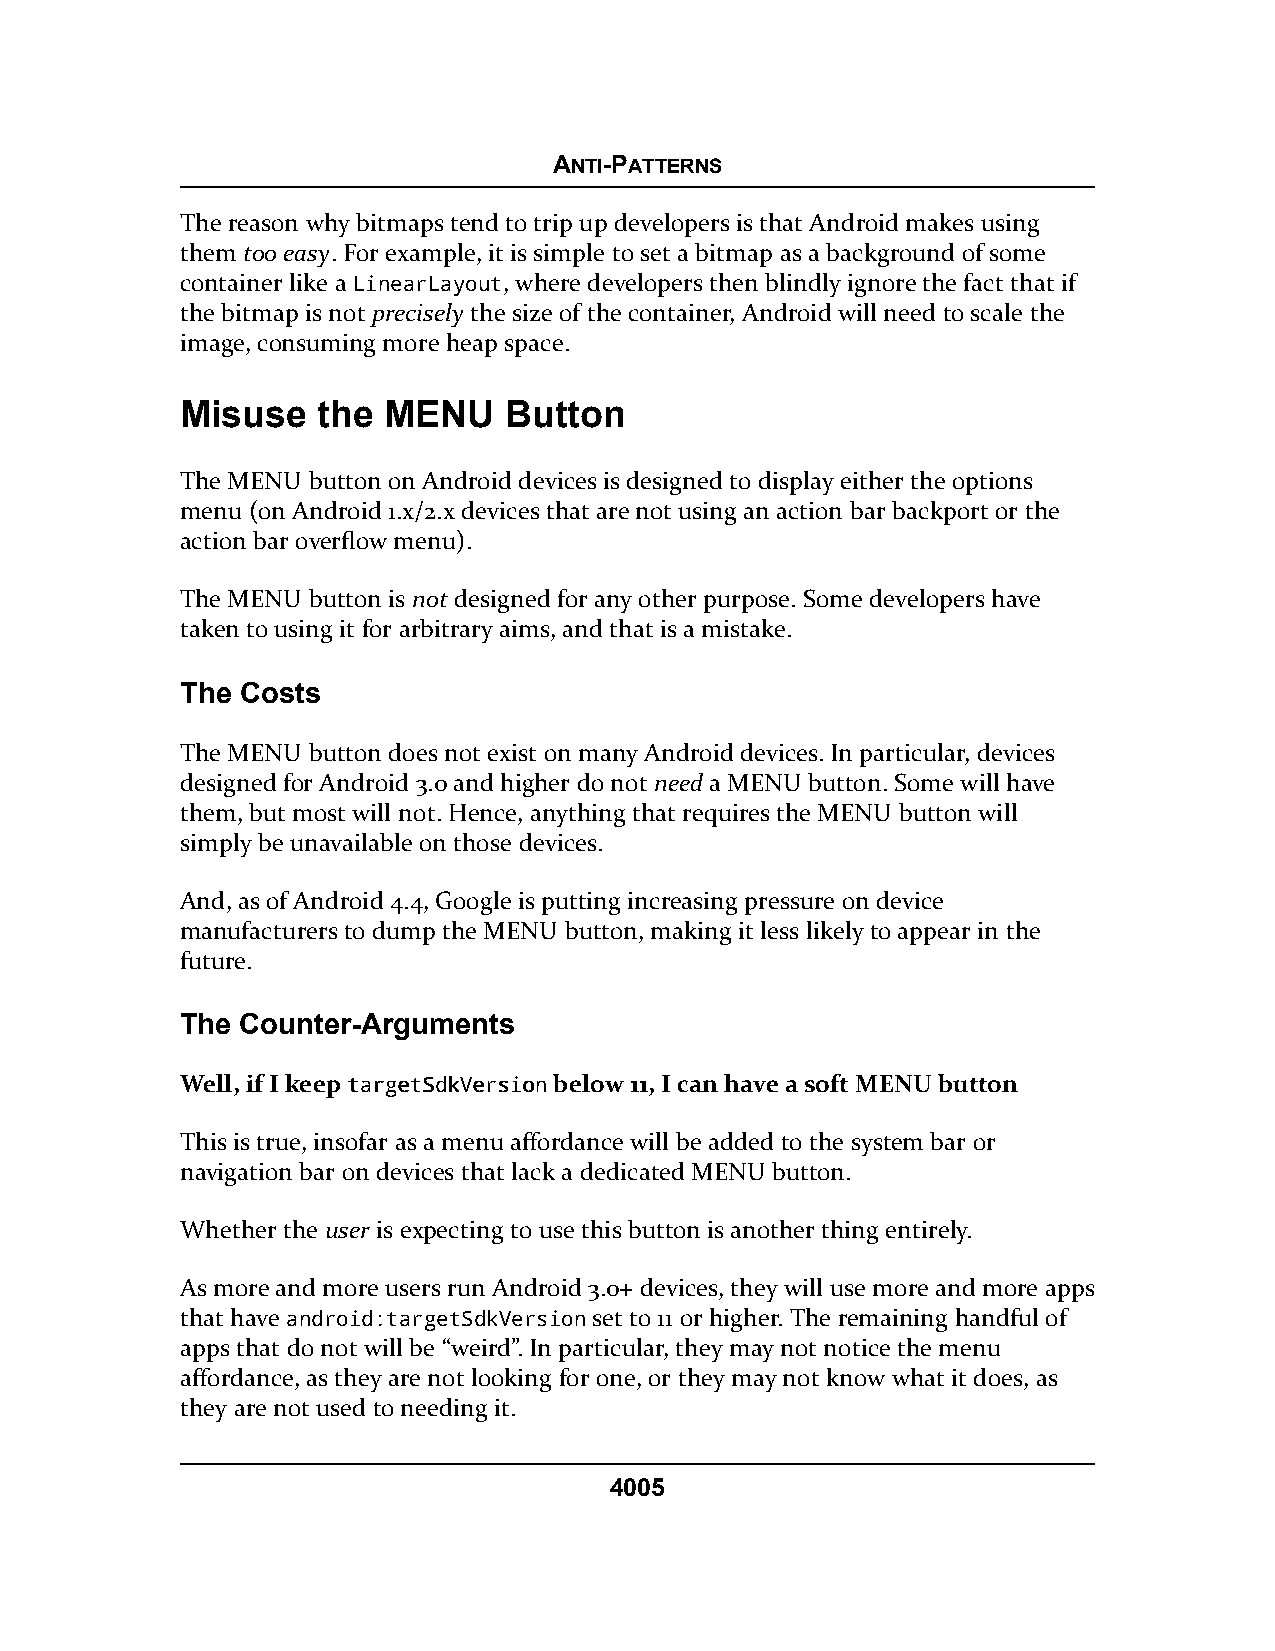
ANTI-PATTERNS
 The reason why bitmaps tend to trip up developers is that Android makes using
 them too easy. For example, it is simple to set a bitmap as a background of some
 container like a LinearLayout, where developers then blindly ignore the fact that if
 the bitmap is not precisely the size of the container, Android will need to scale the
 image, consuming more heap space.
 Misuse   the MENU    Button
 The MENU button on Android devices is designed to display either the options
 menu (on Android 1.x/2.x devices that are not using an action bar backport or the
 action bar overflow menu).
 The MENU button is not designed for any other purpose. Some developers have
 taken to using it for arbitrary aims, and that is a mistake.
 The Costs
 The MENU button does not exist on many Android devices. In particular, devices
 designed for Android 3.0 and higher do not need a MENU button. Some will have
 them, but most will not. Hence, anything that requires the MENU button will
 simply be unavailable on those devices.
 And, as of Android 4.4, Google is putting increasing pressure on device
 manufacturers to dump the MENU button, making it less likely to appear in the
 future.
 The Counter-Arguments
 Well, if I keepttaarrggeettSSddkkVVeerrssiioonnbelow 11, I can have a soft MENU button
 This is true, insofar as a menu affordance will be added to the system bar or
 navigation bar on devices that lack a dedicated MENU button.
 Whether the user is expecting to use this button is another thing entirely.
 As more and more users run Android 3.0+ devices, they will use more and more apps
 that have android:targetSdkVersion set to 11 or higher. The remaining handful of
 apps that do not will be “weird”. In particular, they may not notice the menu
 affordance, as they are not looking for one, or they may not know what it does, as
 they are not used to needing it.
 4005